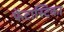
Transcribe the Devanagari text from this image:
फेंटास्टिका